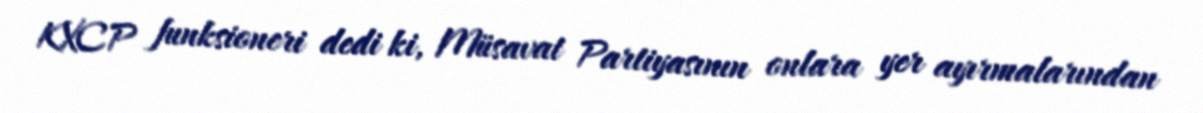
KXCP funksioneri dedi ki, Müsavat Partiyasının onlara yer ayırmalarından